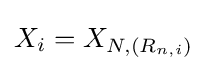
X_{i}=X_{N,(R_{n,i})}